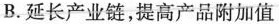
B.延长产业链，提高产品附加值